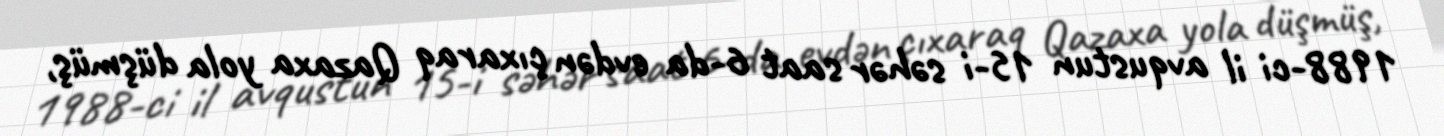
1988-ci il avqustun 15-i səhər saat 6-da evdən çıxaraq Qazaxa yola düşmüş,